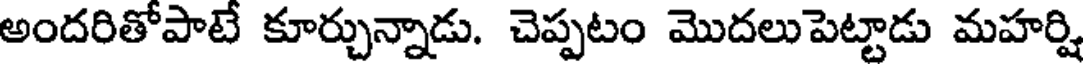
అందరితోపాటే కూర్చున్నాడు. చెప్పటం మొదలుపెట్టాడు మహర్షి